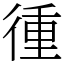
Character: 㣫